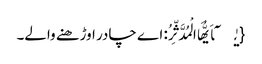
{یٰۤاَیُّهَا الْمُدَّثِّرُ: اے چادر اوڑھنے والے۔